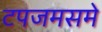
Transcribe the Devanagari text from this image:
टपजमसमे